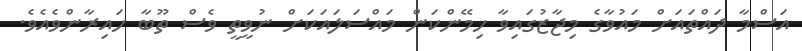
އަސްމާ ދައްތައަށް މައުވާގެ މިޖާޒުގައިވާ ހިމޭންކަން މައްސަލައަކަށް ނުވީތީ ވެސް ތޫބާ ހައިރާންވެއެވެ.